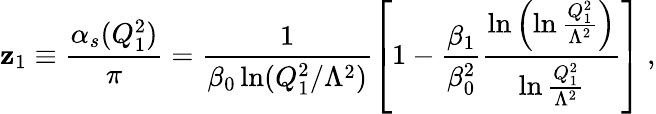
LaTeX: \mathbf{z}_{1}\equiv\frac{{{\alpha}_{s}(Q_{1}^{2})}}{{\pi}}=\frac{{1}}{{{\beta}_{0}\ln(Q_{1}^{2}/{\Lambda}^{2})}}\left[1-\frac{{{\beta}_{1}}}{{{\beta}_{0}^{2}}}\frac{{\ln\left(\ln\frac{{Q_{1}^{2}}}{{{\Lambda}^{2}}}\right)}}{{\ln\frac{{Q_{1}^{2}}}{{{\Lambda}^{2}}}}}\right]\ ,